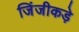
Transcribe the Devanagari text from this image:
जिंजीकड़े